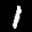
Label: 1